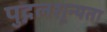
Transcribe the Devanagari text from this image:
पुद्गलशून्यता